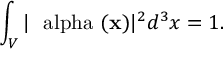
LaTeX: \int _ { \cal V } | { \mathrm { \boldmath ~ \ a l p h a ~ } } ( { \bf x } ) | ^ { 2 } d ^ { 3 } x = 1 .